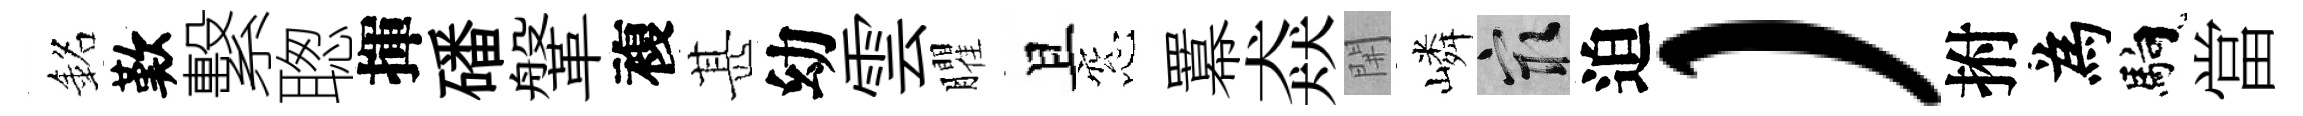
銘歎繫聦揮磻鞶複甚幼雲臞且窓羃猋𨳩嶙冣迫）拊為馿當